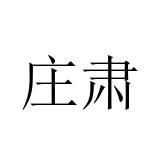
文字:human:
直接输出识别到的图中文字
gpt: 庄肃